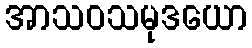
အာသဝသမုဒယော